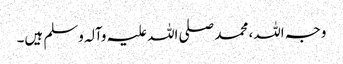
وجہ اللہ، محمد صلی اللہ علیہ وآلہ وسلم ہیں۔